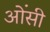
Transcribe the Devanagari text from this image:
ओंसी